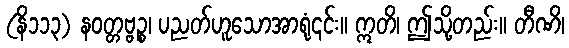
(နိ၁၁၃) နဝတ္တဗ္ဗဉ္စ၊ ပညတ်ဟူသောအာရုံ၎င်း။ ဣတိ၊ ဤသို့တည်း။ တီဏိ၊